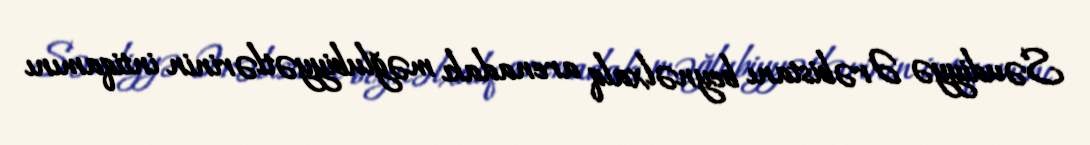
Səudiyyə Ərəbistanı beynəlxalq arenadakı məğlubiyyətlərinin intiqamını